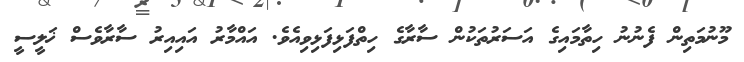
މޫނުމަތިން ފެނުނު ހިތާމައިގެ އަސަރުތަކުން ސާރާގެ ހިތްފަޅިފަޅިވިއެވެ. އައްމާރު އައިއިރު ސާރާވެސް ޚަލީސީ